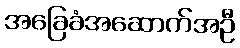
အခြေခံအဆောက်အဦ